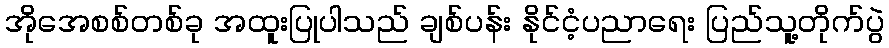
အိုအေစစ်တစ်ခု အထူးပြုပါသည် ချစ်ပန်း နိုင်ငံ့ပညာရေး ပြည်သူ့တိုက်ပွဲ